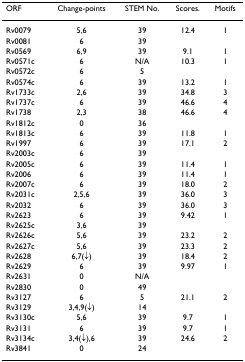
| ORF | Change-points | STEM No. | Scores. | Motifs |
 | --- | --- | --- | --- | --- |
 | Rv0079 | 5,6 | 39 | 12.4 | 1 |
 | Rv0081 | 6 | 39 |  |  |
 | Rv0569 | 6,9 | 39 | 9.1 | 1 |
 | Rv0571c | 6 | N/A | 10.3 | 1 |
 | Rv0572c | 6 | 5 |  |  |
 | Rv0574c | 6 | 39 | 13.2 | 1 |
 | Rv1733c | 2,6 | 39 | 34.8 | 3 |
 | Rv1737c | 6 | 39 | 46.6 | 4 |
 | Rv1738 | 2,3 | 38 | 46.6 | 4 |
 | Rv1812c | 0 | 36 |  |  |
 | Rv1813c | 6 | 39 | 11.8 | 1 |
 | Rv1997 | 6 | 39 | 17.1 | 2 |
 | Rv2003c | 6 | 39 |  |  |
 | Rv2005c | 6 | 39 | 11.4 | 1 |
 | Rv2006 | 6 | 39 | 11.4 | 1 |
 | Rv2007c | 6 | 39 | 18.0 | 2 |
 | Rv2031c | 2,5,6 | 39 | 36.0 | 3 |
 | Rv2032 | 6 | 39 | 36.0 | 3 |
 | Rv2623 | 6 | 39 | 9.42 | 1 |
 | Rv2625c | 3,6 | 39 |  |  |
 | Rv2626c | 5,6 | 39 | 23.2 | 2 |
 | Rv2627c | 5,6 | 39 | 23.3 | 2 |
 | Rv2628 | 6,7(↓) | 39 | 18.4 | 2 |
 | Rv2629 | 6 | 39 | 9.97 | 1 |
 | Rv2631 | 0 | N/A |  |  |
 | Rv2830 | 0 | 49 |  |  |
 | Rv3127 | 6 | 5 | 21.1 | 2 |
 | Rv3129 | 3,4,9(↓) | 14 |  |  |
 | Rv3130c | 5,6 | 39 | 9.7 | 1 |
 | Rv3131 | 6 | 39 | 9.7 | 1 |
 | Rv3134c | 3,4(↓),6 | 39 | 24.6 | 2 |
 | Rv3841 | 0 | 24 |  |  |